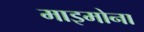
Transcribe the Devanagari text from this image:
माइमोना